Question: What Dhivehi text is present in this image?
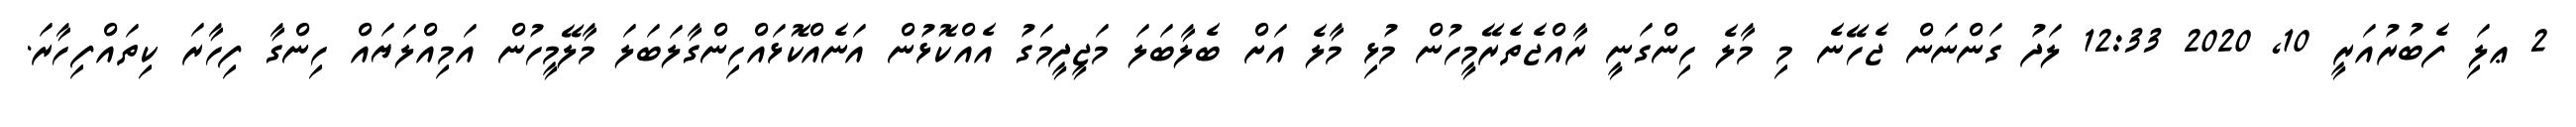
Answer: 2 ޢލަި ފެބުރުއަރީ 10, 2020 12:33 ލަދު ގަންނަން ޖެހޭނެ މި މާލެ ހިންގަނީ ރާއްޖެތެރޭމީހުން މުޅި މާލެ އަށް ބެލާބަލަ މަޖީދީމަގު އެއްކޮޅުން އަނެއްކޮޅައްހިންގާލަބަލަ މާލޭމީހުން އަމިއްލަޔައް ހިންގާ ފިހާރަ ކިތައްފިހާރަ.